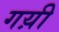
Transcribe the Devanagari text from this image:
गय़ी